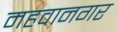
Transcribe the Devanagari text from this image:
महवानगर